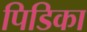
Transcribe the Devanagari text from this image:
पिडिका